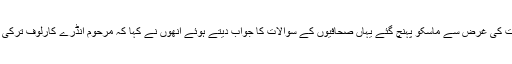
غیر ملکی میڈیاکے مطابقترک وزیر خارجہ مولود چاوش اولو شام کے موضوع پر ہونے والے اجلاس میں شرکت کی غرض سے ماسکو پہنچ گئے یہاں صحافیوں کے سوالات کا جواب دیتے ہوئے انھوں نے کہا کہ مرحوم انڈرے کارلوف ترکی اور روس کے تعلقات کے کٹھن دور میں کامیاب سفارتی کوششیں کرنے والے ایک دور اندیش سفارتکار تھے ۔